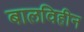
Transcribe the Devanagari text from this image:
बालविहीन